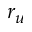
r _ { u }